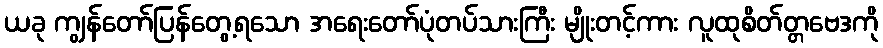
ယခု ကျွန်တော်ပြန်တွေ့ရသော အရေးတော်ပုံတပ်သားကြီး မျိုးတင့်ကား လူထုစိတ်တ္တဗေဒကို